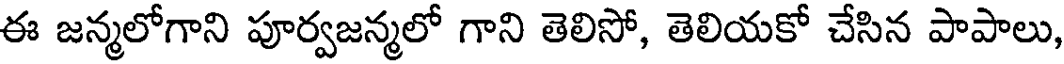
ఈ జన్మలోగాని పూర్వజన్మలో గాని తెలిసో, తెలియకో చేసిన పాపాలు,